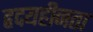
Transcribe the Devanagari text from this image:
हृदयहीनता